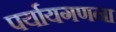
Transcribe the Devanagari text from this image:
पर्यायगणना